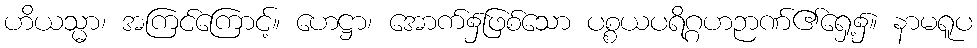
ဟိယသ္မာ၊ အကြင်ကြောင့်။ ဟေဋ္ဌာ၊ အောက်၌ဖြစ်သော ပစ္စယပရိဂ္ဂဟဉာဏ်၏ရှေ့၌။ နာမရူပ